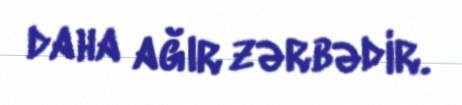
daha ağır zərbədir.